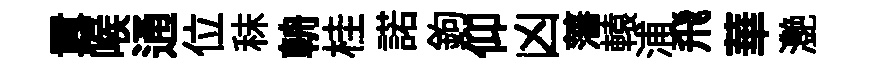
囂喉通位秣輈桂諾鉤仰凶藩轅浦飛華灔